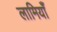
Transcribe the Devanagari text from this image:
लामियाँ